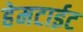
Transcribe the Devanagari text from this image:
हेमटाईट